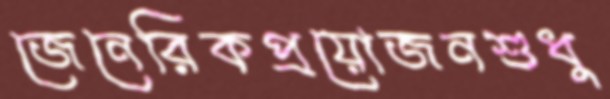
জেনেরিকপ্রয়োজনশুধু